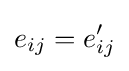
e_{ij}=e_{ij}'